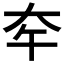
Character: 𡗧